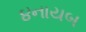
૪નાયબ